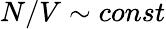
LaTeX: N/V\sim const